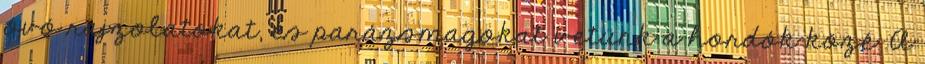
óvó rajzolatokat, és parázsmagokat vetünk a hordók közé. A